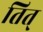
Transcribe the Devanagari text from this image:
तित्